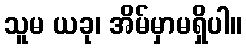
သူမ ယခု၊ အိမ်မှာမရှိပါ။